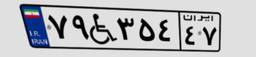
۷۹W۳۵۴۴۷